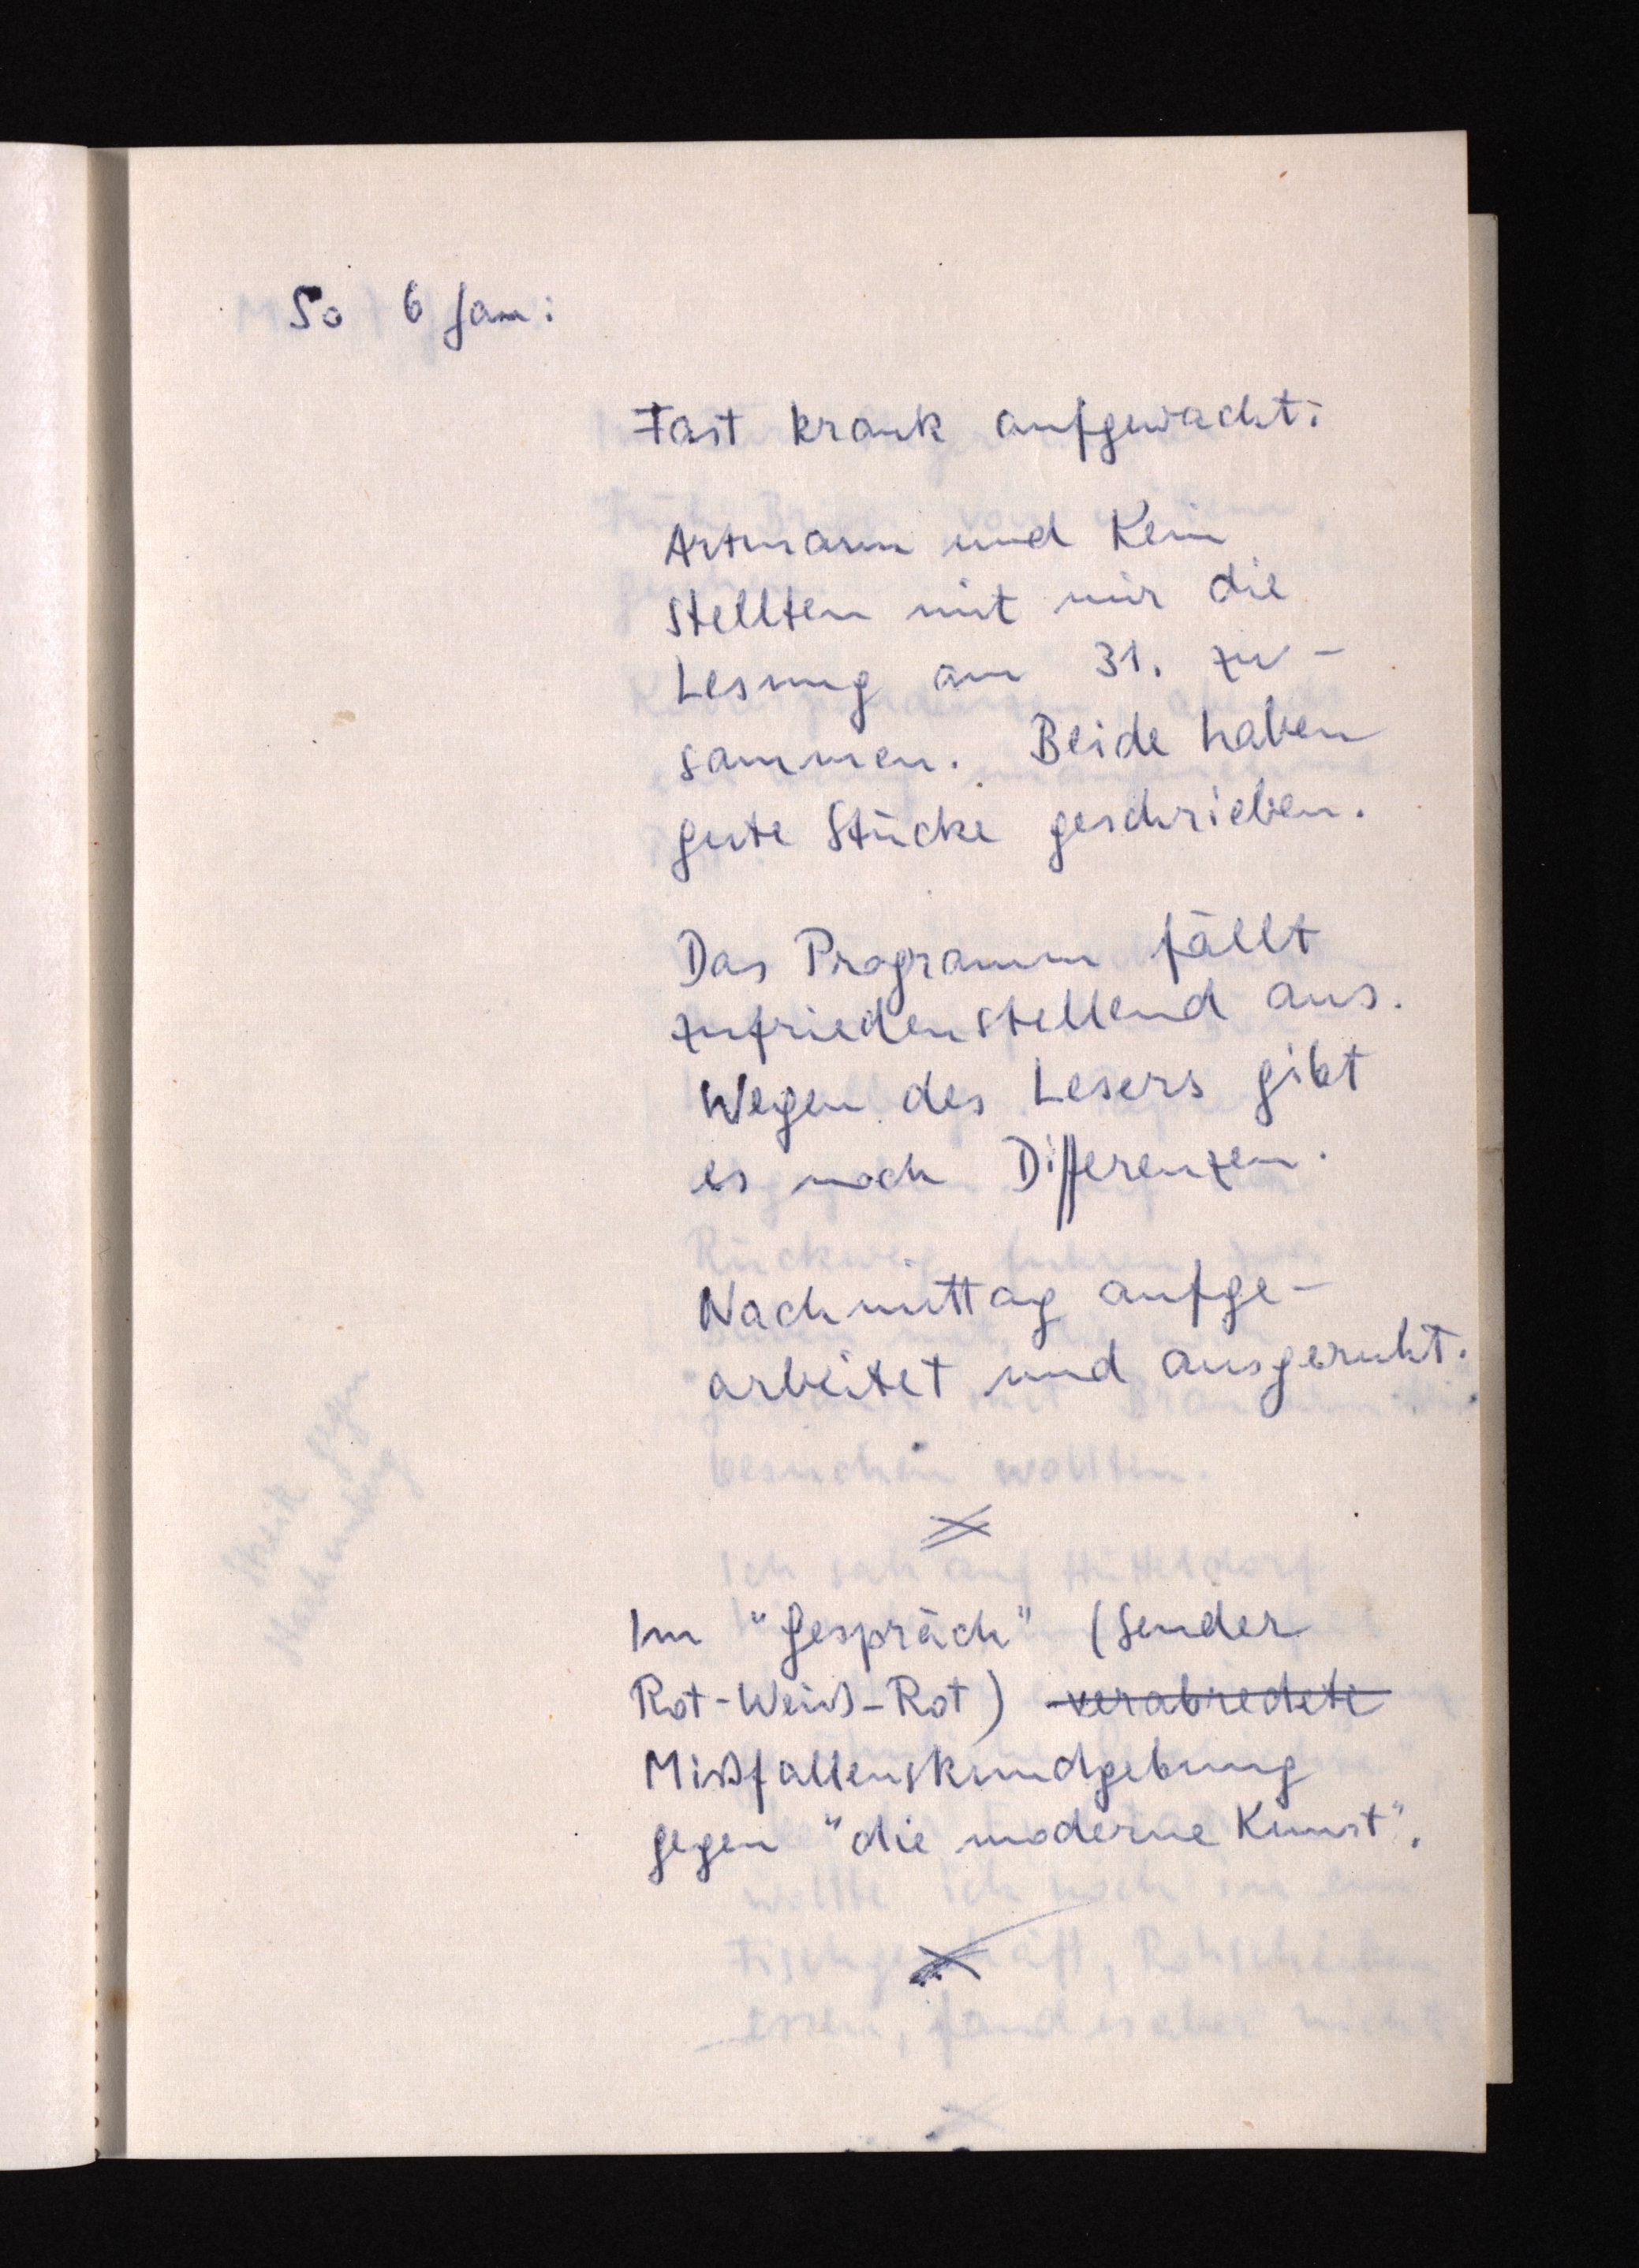
So 6 Jan:
Fast krank aufgewacht:
Artmann und Kein
stellten mit mir die
Lesung am 31. zu¬
sammen. Beide haben
gute Stücke geschrieben.
Das Programm fällt
zufriedenstellend aus.
Wegen des Lesers gibt
es noch Differenzen.
Nachmittags aufge¬
arbeitet und ausgeruht.
Im "Gespräch" (Sender
Rot-Weiß-Rot) verabredete
Mißfallenskundgebung
gegen "die moderne Kunst".